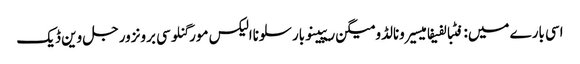
اسی بارے میں: فٹبالفیفامیسیرونالڈومیگن ریپینوبارسلوناالیکس مورگنلوسی برونزورجل وین ڈیک